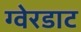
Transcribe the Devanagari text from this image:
ग्वेरडाट